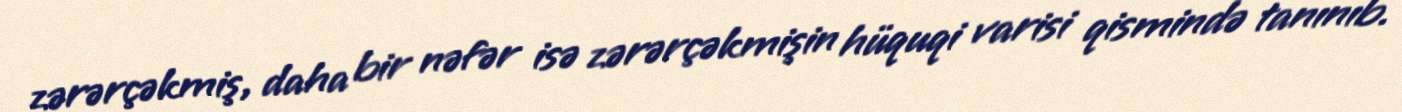
zərərçəkmiş, daha bir nəfər isə zərərçəkmişin hüquqi varisi qismində tanınıb.